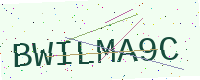
Text: BWILMA9C